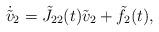
LaTeX: \begin{align*}\dot{\tilde v}_2 =\tilde J_{22}(t) \tilde v_2+ \tilde f_2(t),\end{align*}